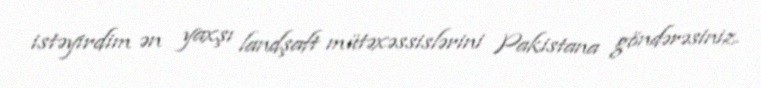
istəyirdim ən yaxşı landşaft mütəxəssislərini Pakistana göndərəsiniz.